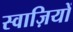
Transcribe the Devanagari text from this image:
स्वाज़ियों